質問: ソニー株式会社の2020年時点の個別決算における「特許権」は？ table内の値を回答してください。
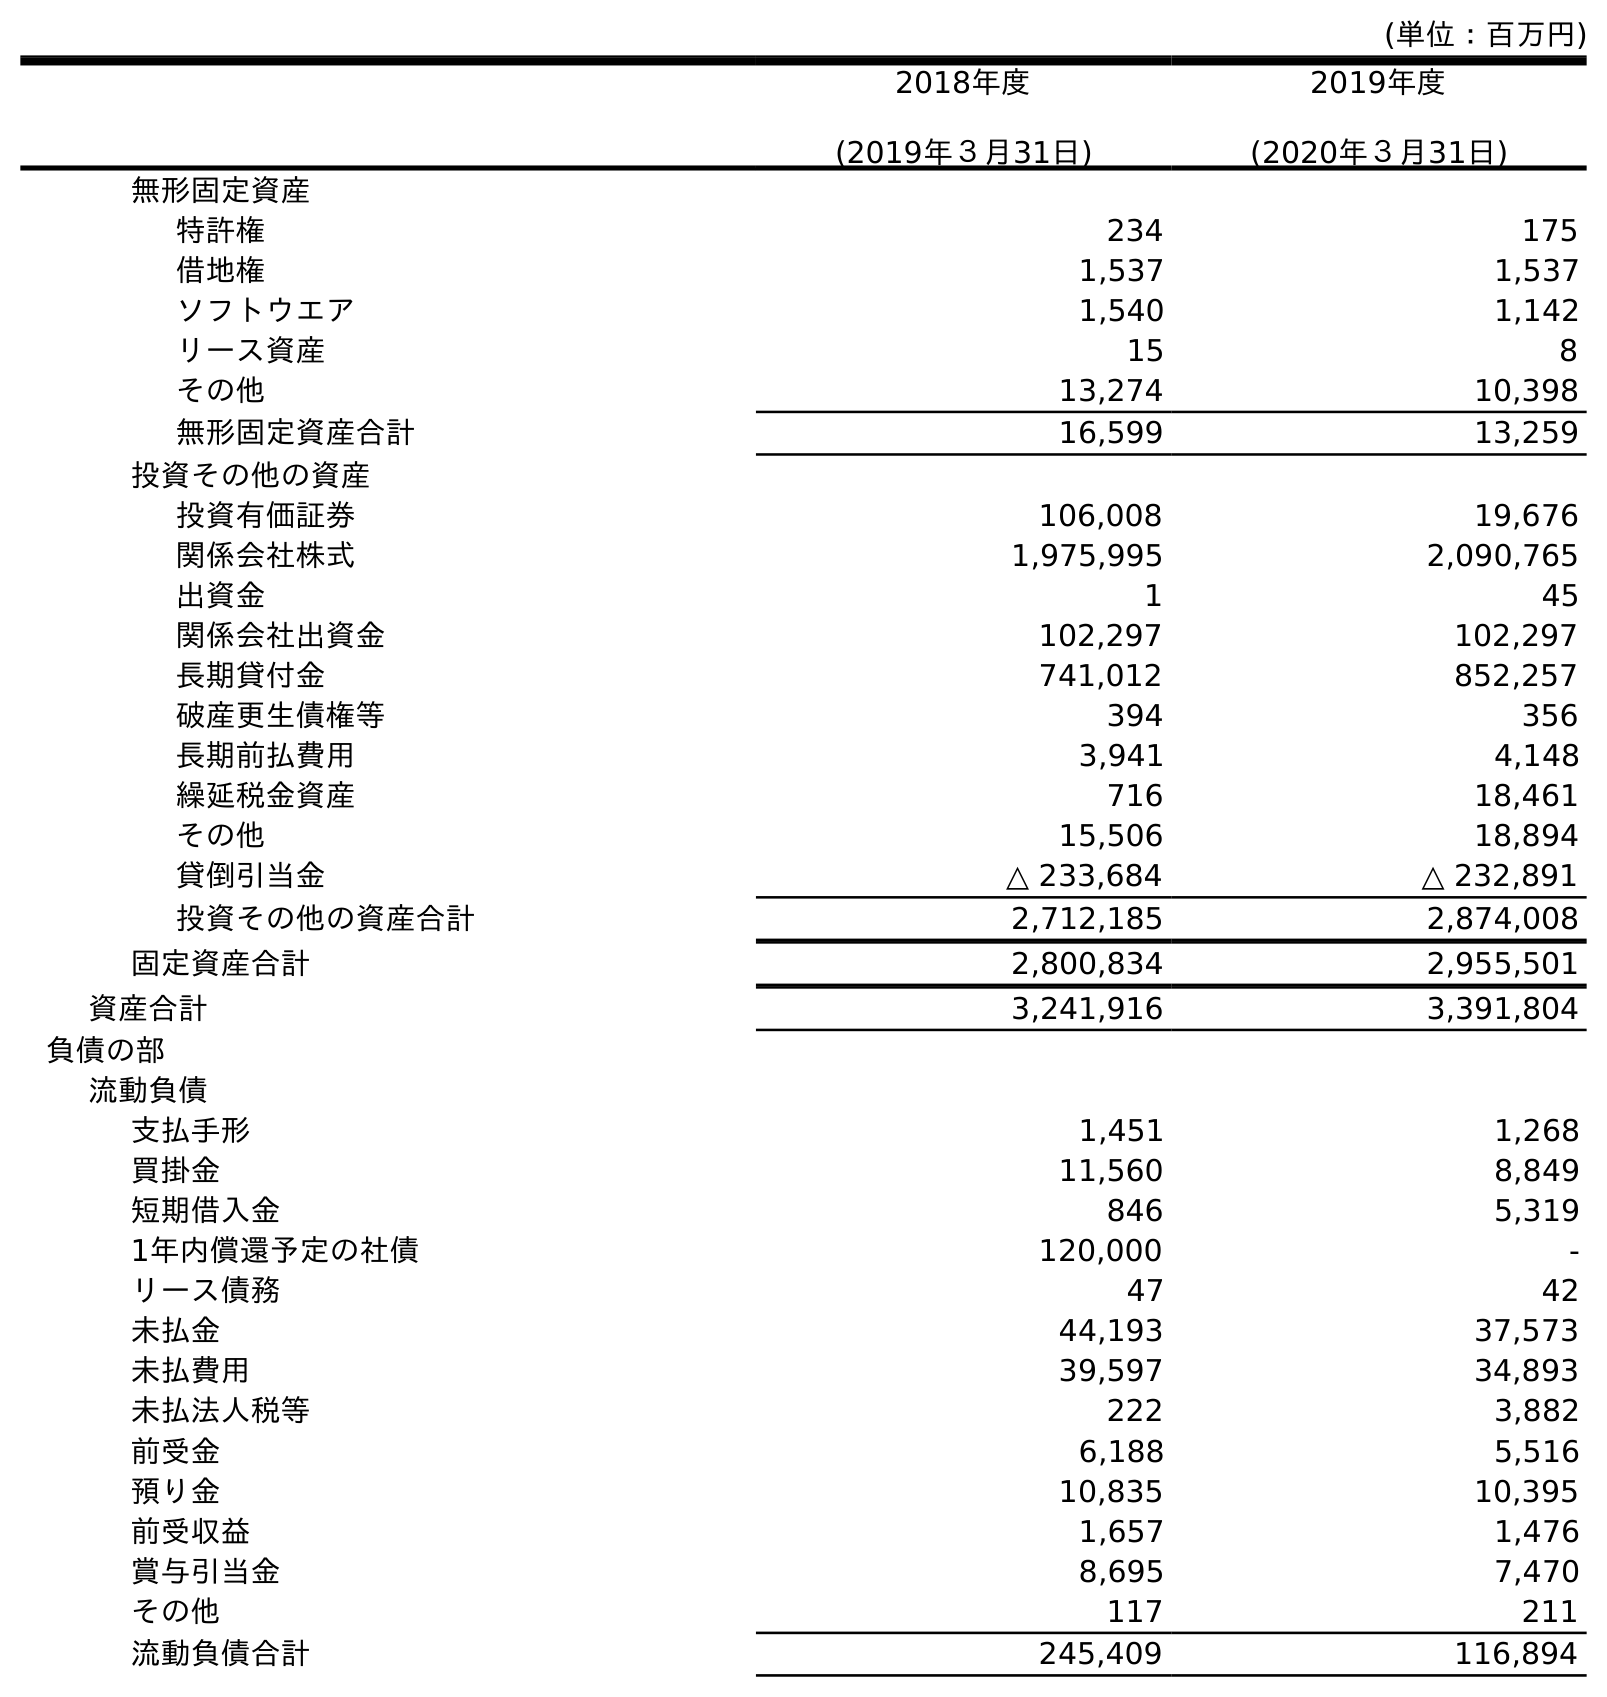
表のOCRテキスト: (単位：百万円) 2018年度 (2019年３月31日) 2019年度 (2020年３月31日) 無形固定資産 特許権 234 175 借地権 1,537 1,537 ソフトウエア 1,540 1,142 リース資産 15 8 その他 13,274 10,398 無形固定資産合計 16,599 13,259 投資その他の資産 投資有価証券 106,008 19,676 関係会社株式 1,975,995 2,090,765 出資金 1 45 関係会社出資金 102,297 102,297 長期貸付金 741,012 852,257 破産更生債権等 394 356 長期前払費用 3,941 4,148 繰延税金資産 716 18,461 その他 15,506 18,894 貸倒引当金 △ 233,684 △ 232,891 投資その他の資産合計 2,712,185 2,874,008 固定資産合計 2,800,834 2,955,501 資産合計 3,241,916 3,391,804 負債の部 流動負債 支払手形 1,451 1,268 買掛金 11,560 8,849 短期借入金 846 5,319 1年内償還予定の社債 120,000 - リース債務 47 42 未払金 44,193 37,573 未払費用 39,597 34,893 未払法人税等 222 3,882 前受金 6,188 5,516 預り金 10,835 10,395 前受収益 1,657 1,476 賞与引当金 8,695 7,470 その他 117 211 流動負債合計 245,409 116,894
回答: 175